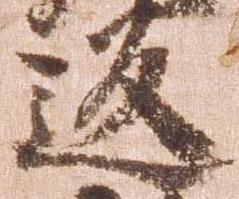
返